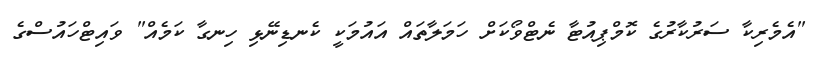
"އެމެރިކާ ސަރުކާރުގެ ކޮމްޕިއުޓާ ނެޓްވޯކަށް ހަމަލާތައް އައުމަކީ ކެނޑިނޭޅި ހިނގާ ކަމެއް" ވައިޓްހައުސްގެ